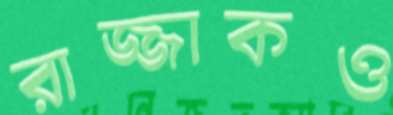
রাজ্জাকও